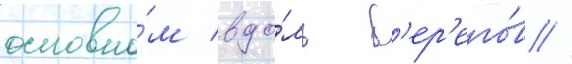
основно́м вдо́ль б'ер'его́в //